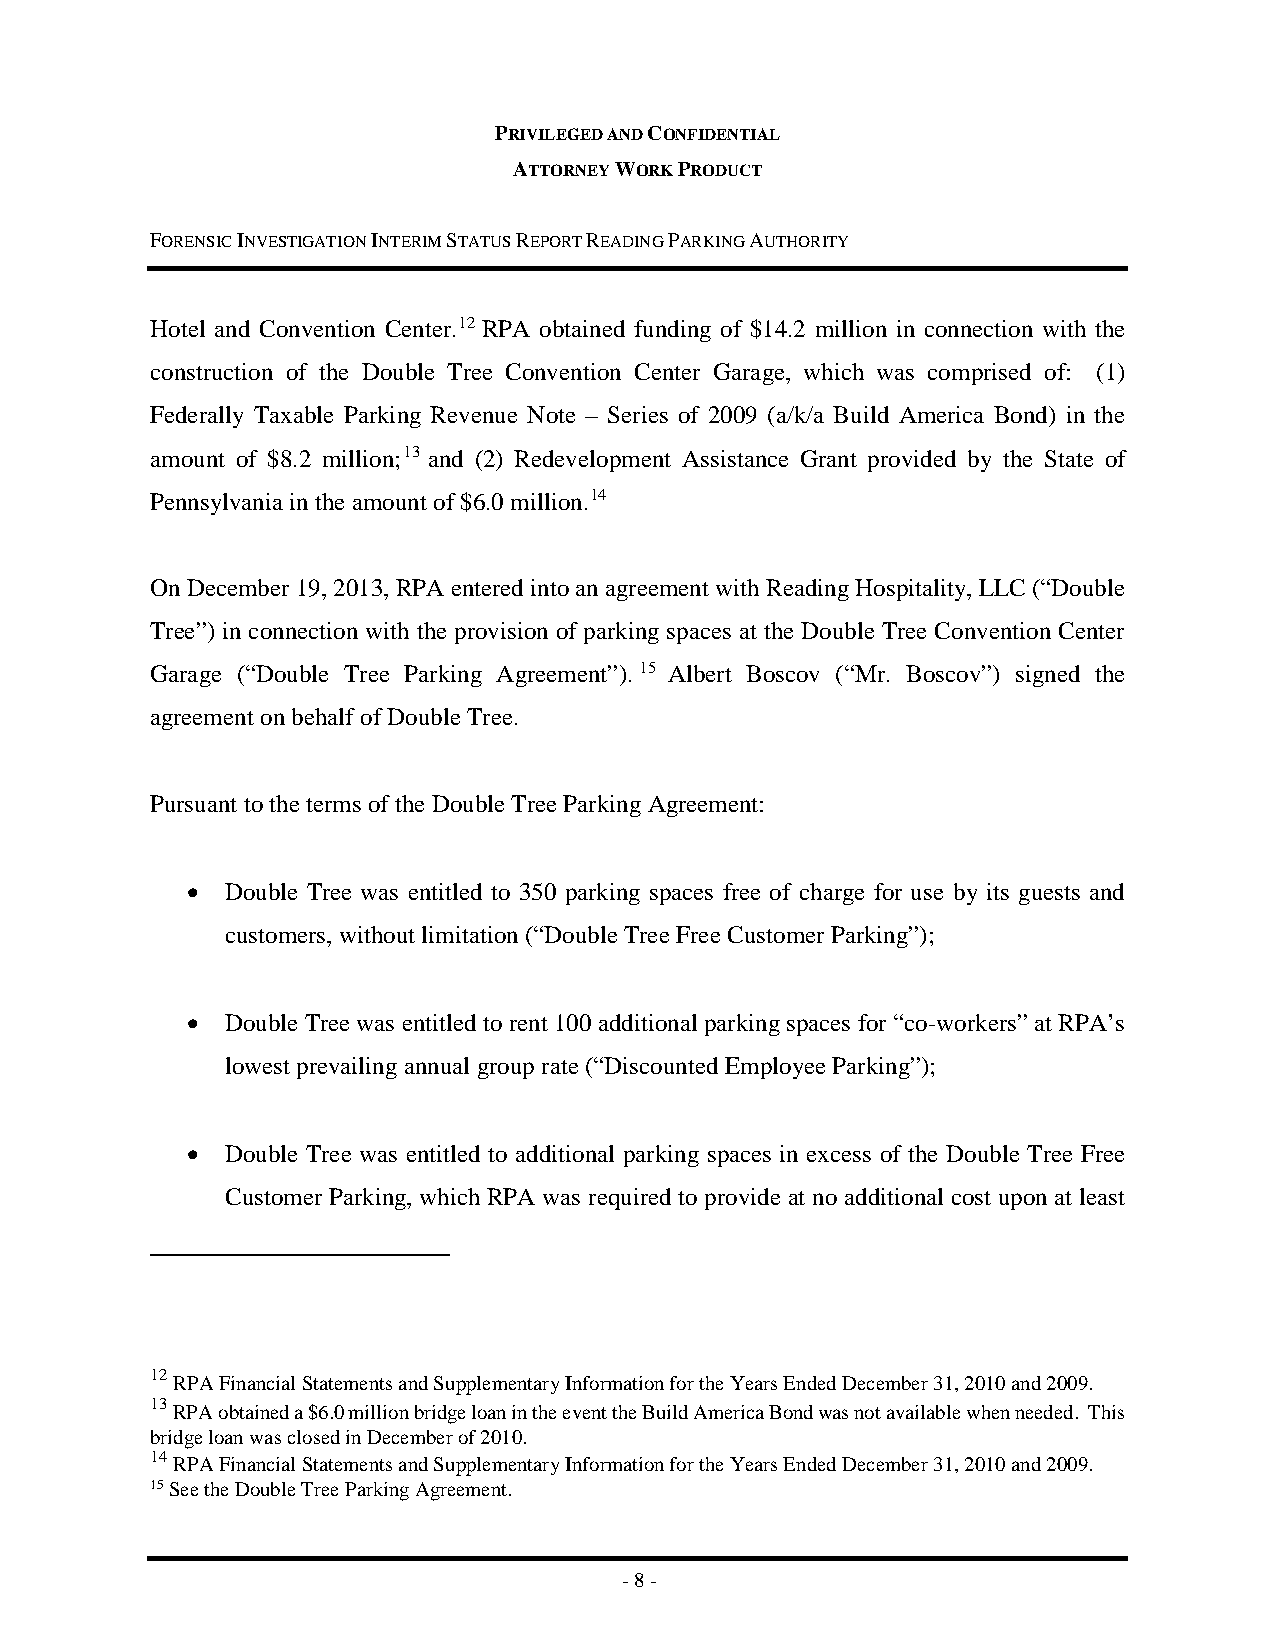
PRIVILEGED AND CONFIDENTIAL
 ATTORNEY WORK PRODUCT
 FORENSIC INVESTIGATION INTERIM STATUS REPORT READING PARKING AUTHORITY
 Hotel and Convention Center.12 RPA obtained funding of $14.2 million in connection with the
 construction of the Double Tree Convention Center Garage, which was comprised of: (1)
 Federally Taxable Parking Revenue Note – Series of 2009 (a/k/a Build America Bond) in the
 amount of $8.2 million;13 and (2) Redevelopment Assistance Grant provided by the State of
 Pennsylvania in the amount of $6.0 million.14
 On December 19, 2013, RPA entered into an agreement with Reading Hospitality, LLC (“Double
 Tree”) in connection with the provision of parking spaces at the Double Tree Convention Center
 Garage (“Double Tree Parking Agreement”).15 Albert Boscov (“Mr. Boscov”) signed the
 agreement on behalf of Double Tree.
 Pursuant to the terms of the Double Tree Parking Agreement:
 •  Double Tree was entitled to 350 parking spaces free of charge for use by its guests and
 customers, without limitation (“Double Tree Free Customer Parking”);
 •  Double Tree was entitled to rent 100 additional parking spaces for “co-workers” at RPA’s
 lowest prevailing annual group rate (“Discounted Employee Parking”);
 •  Double Tree was entitled to additional parking spaces in excess of the Double Tree Free
 Customer Parking, which RPA was required to provide at no additional cost upon at least
 12
 RPA Financial Statements and Supplementary Information for the Years Ended December 31, 2010 and 2009.
 13
 RPA obtained a $6.0 million bridge loan in the event the Build America Bond was not available when needed. This
 bridge loan was closed in December of 2010.
 14
 RPA Financial Statements and Supplementary Information for the Years Ended December 31, 2010 and 2009.
 15 See the Double Tree Parking Agreement.
 - 8 -